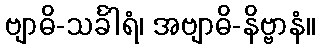
ဗျာဓိ-သင်္ခါရံ၊ အဗျာဓိ-နိဗ္ဗာနံ။